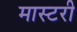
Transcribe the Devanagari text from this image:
मास्‍टरी